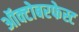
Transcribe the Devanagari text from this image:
ऑक्टोबरफेस्ट